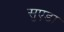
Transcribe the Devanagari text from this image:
सुएडा